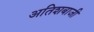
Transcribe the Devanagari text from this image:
अतिशबाजी